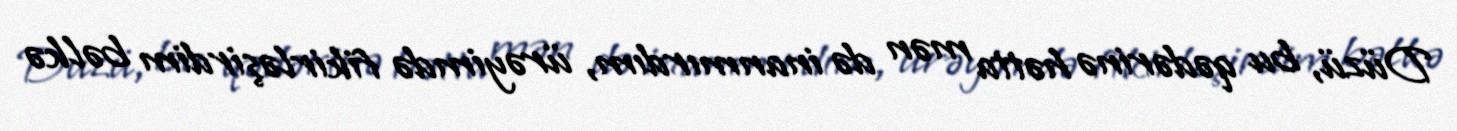
Düzü, bu qədərinə hətta mən də inanmırdım, ürəyimdə fikirləşirdim bəlkə